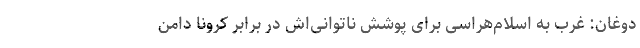
دوغان: غرب به اسلام‌هراسی برای پوشش ناتوانی‌اش در برابر کرونا دامن